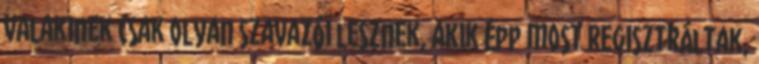
valakinek csak olyan szavazói lesznek, akik épp most regisztráltak,